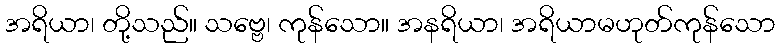
အရိယာ၊ တို့သည်။ သဗ္ဗေ၊ ကုန်သော။ အနရိယာ၊ အရိယာမဟုတ်ကုန်သော